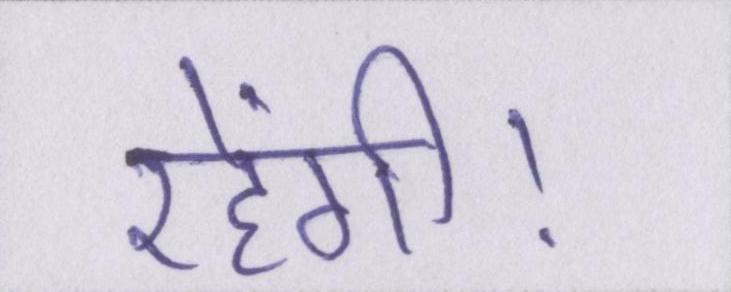
रहेंगी।